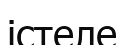
істеле